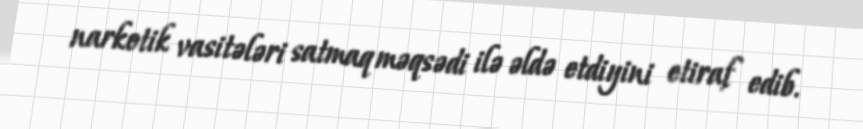
narkotik vasitələri satmaq məqsədi ilə əldə etdiyini etiraf edib.